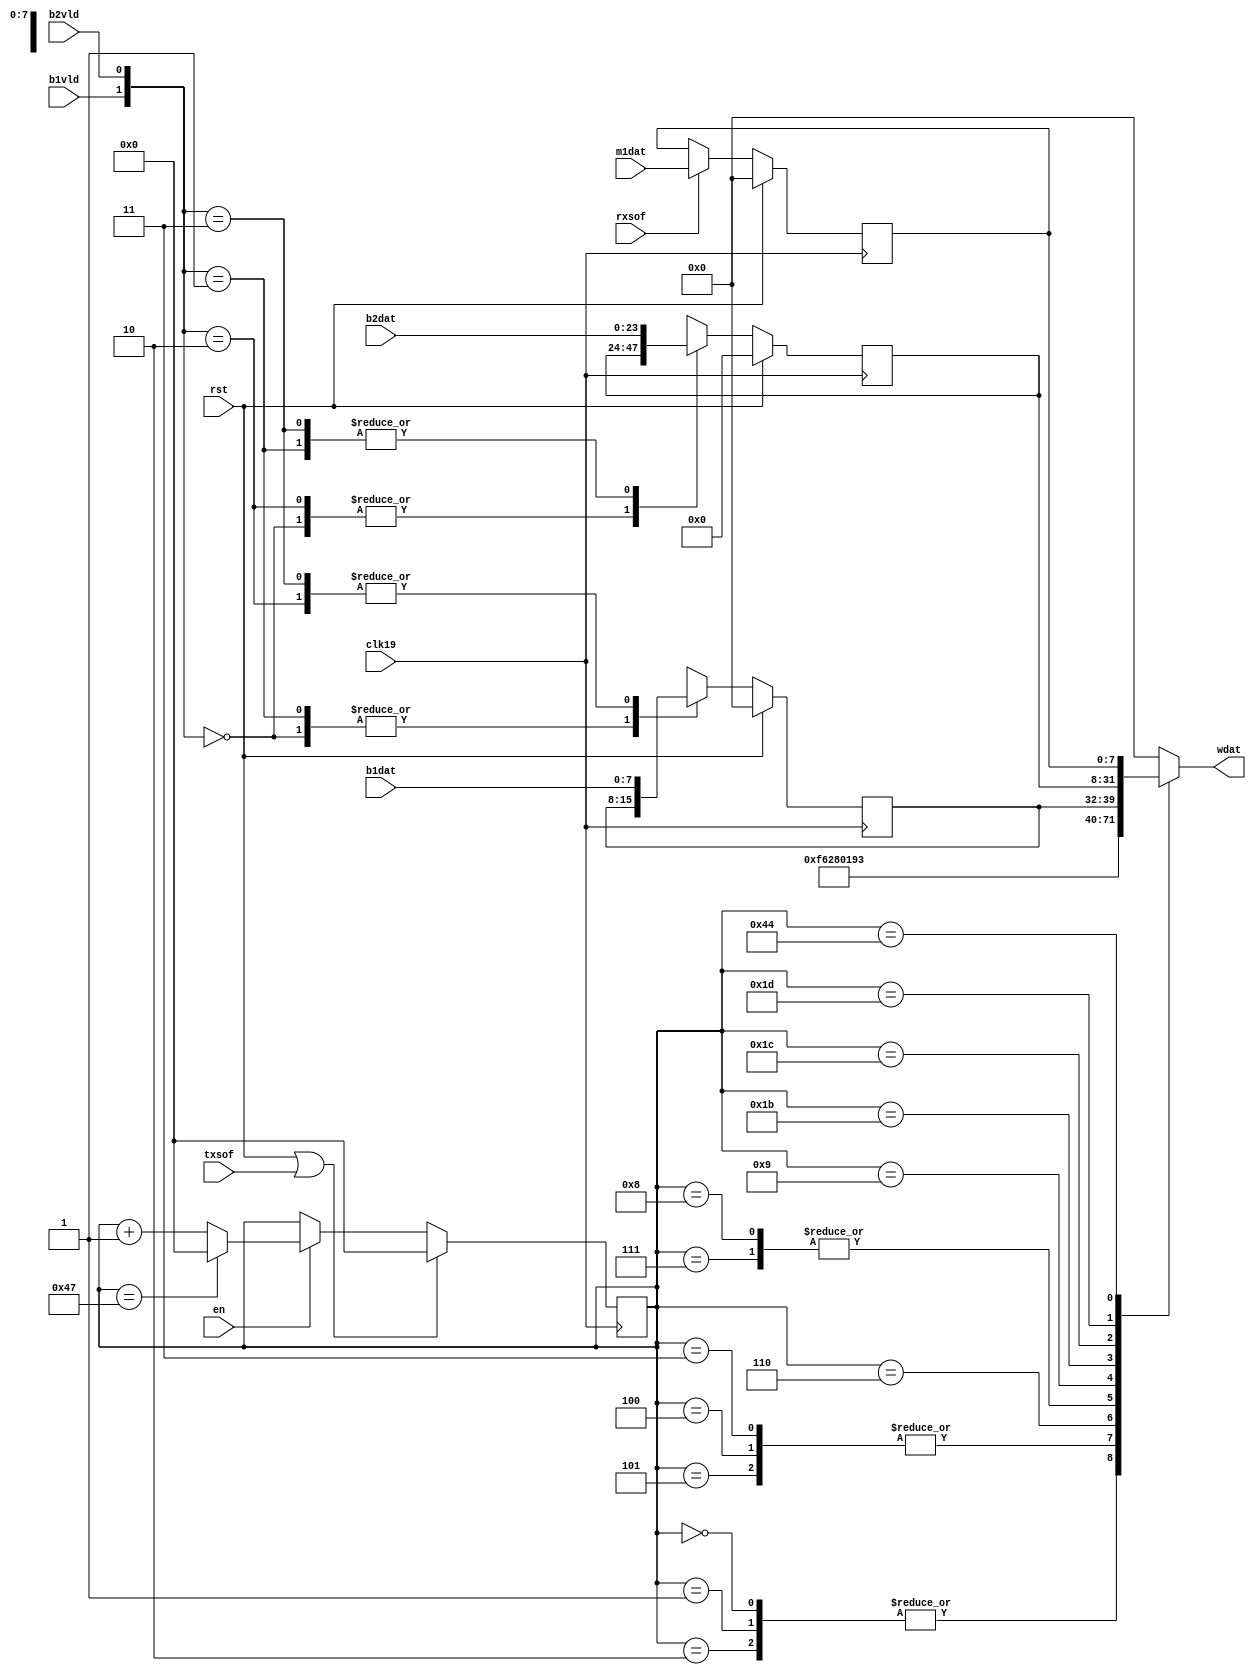
// Description  : .
////////////////////////////////////////////////////////////////////////////////

module txframer
    (
     clk19,
     rst,

     wdat,
     en,
     txsof,
     rxsof,
     
     b2dat,
     b2vld,
     m1dat,
     b1dat,
     b1vld
     );

////////////////////////////////////////////////////////////////////////////////
// Port declarations

input clk19;
input rst;

output [7:0] wdat;
input        en;
input        rxsof;
input        txsof;

input [23:0] b2dat;
input        b2vld;
input [7:0]  b1dat;
input        b1vld;
input [7:0]  m1dat;
      
////////////////////////////////////////////////////////////////////////////////
// Output declarations

reg [7:0]    wdat;

////////////////////////////////////////////////////////////////////////////////
// Parameter declarations

parameter    INIT = 0;

//RSOH bytes
parameter    A1 = 8'b1111_0110,
             A2 = 8'b0010_1000,
             C1 = 8'b0000_0001,
             E1 = 8'd0,
             F1 = 8'd0,
             D1 = 8'd0,
             D2 = 8'd0,
             D3 = 8'd0;

//MSOH bytes
parameter   K1 = 8'd0,
            K2 = 8'd0,
            D4 = 8'd0,
            D5 = 8'd0,
            D6 = 8'd0,
            D7 = 8'd0,
            D8 = 8'd0,
            D9 = 8'd0,
            D10 = 8'd0,
            D11 = 8'd0,
            D12 = 8'd0,
            S1 = 8'd0,
            E2 = 8'd0;

////////////////////////////////////////////////////////////////////////////////
// Local logic and instantiation

reg [6:0]    ptr;

always @(posedge clk19)
    begin
    if (rst || txsof)
        begin
        ptr <= INIT;
        end
    else if (en)
        begin
        if (ptr == 7'd71)
            begin
            ptr <= INIT;
            end
        else
            begin
            ptr <= ptr + 7'd1;
            end
        end
    end

// Send MSOH bytes

reg [7:0] b1;
reg [23:0] b2;
reg [7:0] m1;

always @(*)
    begin
    case(ptr)
        7'd0, 7'd1, 7'd2: wdat  <= A1;  // Frame alignment
        7'd3, 7'd4, 4'd5: wdat  <= A2;  // Frame alignment
        7'd6: wdat  = C1;
        7'd7: wdat  = 8'b10010011;
        7'd8: wdat  = 8'b10010011;  
        7'd9: wdat  = b1;  // BIP-8 of the previous frame
        7'd12: wdat = E1;
        7'd15: wdat = F1;
        7'd18: wdat = D1;
        7'd21: wdat = D2;
        7'd24: wdat = D3;
        7'd27: wdat = b2[23:16];   // BIP-24 of the previous frame
        7'd28: wdat = b2[15:8];    // BIP-24 of the previous frame
        7'd29: wdat = b2[7:0];     // BIP-24 of the previous frame
        7'd30: wdat = K1;          
        7'd33: wdat = K2;  
        7'd36: wdat = D4;
        7'd39: wdat = D5;
        7'd42: wdat = D6;
        7'd45: wdat = D7;
        7'd48: wdat = D8;
        7'd51: wdat = D9;
        7'd54: wdat = D10;
        7'd57: wdat = D11;
        7'd60: wdat = D12;
        7'd63: wdat = S1;
        7'd68: wdat = m1;  //REI
        7'd69: wdat = E2;
        default: wdat   = 8'd0;
    endcase
    end

// Receive BIP-8 and BIP-24

always @(posedge clk19)
    begin
    if (rst)
        begin
        b1  <= INIT;
        b2  <= INIT;
        end
    else
        case({b1vld, b2vld})
            2'b00:  // do nothing
                begin
                b1  <= b1;
                b2  <= b2;
                end
            2'b01:  // receive b2
                begin
                b1  <= b1;
                b2  <= b2dat;
                end
            2'b10:  // receive b1
                begin
                b1  <= b1dat;
                b2  <= b2;
                end
            2'b11:  // receive b1, b2 
                begin
                b1  <= b1dat;
                b2  <= b2dat;
                end
            default:  // do nothing
                begin
                b1  <= b1;
                b2  <= b2;
                end
        endcase
    end

// Receive M1


always @(posedge clk19)
    begin
    if (rst)
        begin
        m1  <= INIT;
        end
    else if (rxsof)
        begin
        m1  <= m1dat;
        end
    end

endmodule